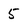
Character: 5